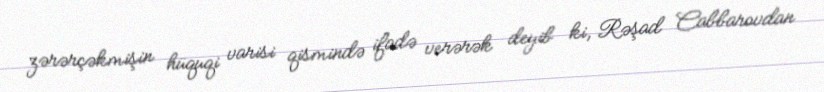
zərərçəkmişin hüquqi varisi qismində ifadə verərək deyib ki, Rəşad Cabbarovdan